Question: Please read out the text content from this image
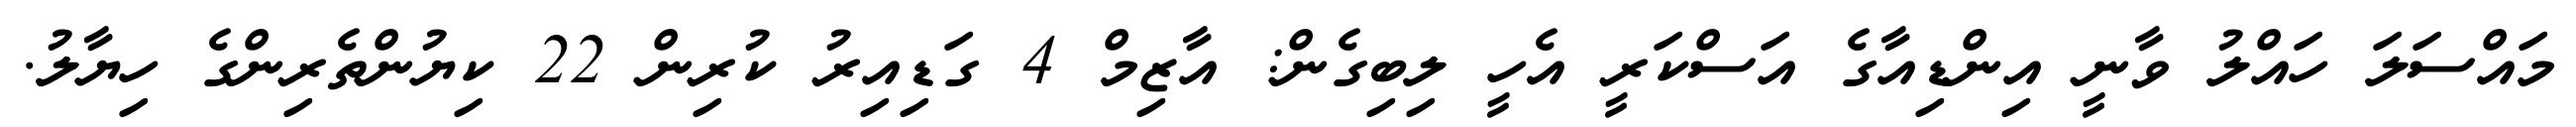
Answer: މައްސަލަ ހައްލު ވާނީ އިންޑިއާގެ އަސްކަރީ އެހީ ލިބިގެން: އާޒިމް 4 ގަޑިއިރު ކުރިން 22 ކިޔުންތެރިންގެ ހިޔާލު.